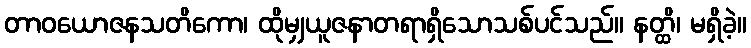
တာဝယောဇနသတိကော၊ ထိုမျှယူဇနာတရာရှိသောသစ်ပင်သည်။ နတ္ထိ၊ မရှိခဲ့။